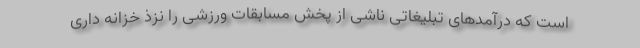
است که درآمدهای تبلیغاتی ناشی از پخش مسابقات ورزشی را نزذ خزانه داری